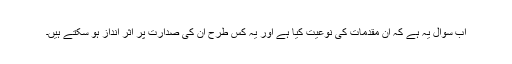
اب سوال یہ ہے کہ ان مقدمات کی نوعیت کیا ہے اور یہ کس طرح ان کی صدارت پر اثر انداز ہو سکتے ہیں۔